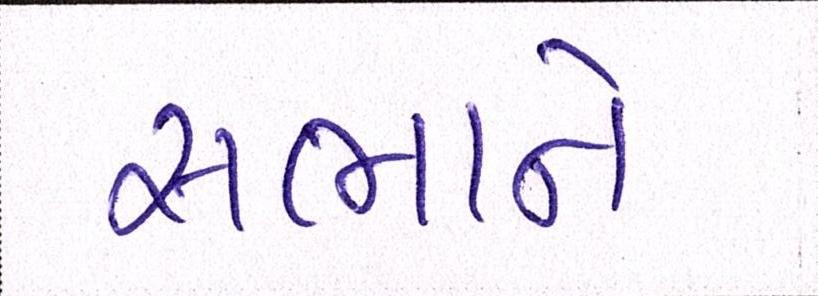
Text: સભાને